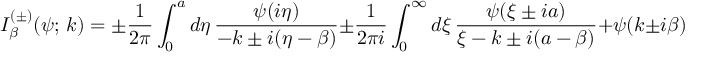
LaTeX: I _ { \beta } ^ { ( \pm ) } ( \psi ; \, k ) = \pm \frac { 1 } { 2 \pi } \int _ { 0 } ^ { a } d \eta \, \frac { \psi ( i \eta ) } { - k \pm i ( \eta - \beta ) } \pm \frac { 1 } { 2 \pi i } \int _ { 0 } ^ { \infty } d \xi \, \frac { \psi ( \xi \pm i a ) } { \xi - k \pm i ( a - \beta ) } + \psi ( k \pm i \beta ) .